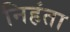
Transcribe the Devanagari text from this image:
निहंता